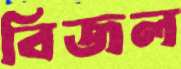
বিজল